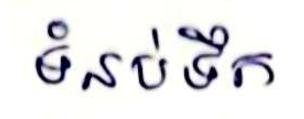
ទំនប់ទឹក